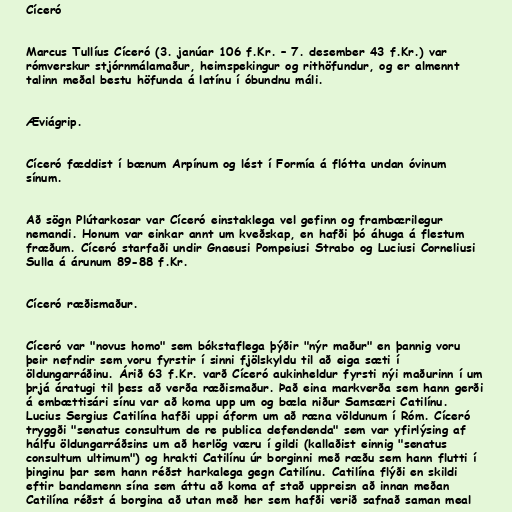
Cíceró

Marcus Tullíus Cíceró (3. janúar 106 f.Kr. – 7. desember 43 f.Kr.) var
rómverskur stjórnmálamaður, heimspekingur og rithöfundur, og er almennt
talinn meðal bestu höfunda á latínu í óbundnu máli.

Æviágrip.

Cíceró fæddist í bænum Arpínum og lést í Formía á flótta undan óvinum
sínum.

Að sögn Plútarkosar var Cíceró einstaklega vel gefinn og frambærilegur
nemandi. Honum var einkar annt um kveðskap, en hafði þó áhuga á flestum
fræðum. Cíceró starfaði undir Gnaeusi Pompeiusi Strabo og Luciusi Corneliusi
Sulla á árunum 89-88 f.Kr.

Cíceró ræðismaður.

Cíceró var "novus homo" sem bókstaflega þýðir "nýr maður" en þannig voru
þeir nefndir sem voru fyrstir í sinni fjölskyldu til að eiga sæti í
öldungarráðinu. Árið 63 f.Kr. varð Cíceró aukinheldur fyrsti nýi maðurinn í um
þrjá áratugi til þess að verða ræðismaður. Það eina markverða sem hann gerði
á embættisári sínu var að koma upp um og bæla niður Samsæri Catilínu.
Lucius Sergius Catilína hafði uppi áform um að ræna völdunum í Róm. Cíceró
tryggði "senatus consultum de re publica defendenda" sem var yfirlýsing af
hálfu öldungarráðsins um að herlög væru í gildi (kallaðist einnig "senatus
consultum ultimum") og hrakti Catilínu úr borginni með ræðu sem hann flutti í
þinginu þar sem hann réðst harkalega gegn Catilínu. Catilína flýði en skildi
eftir bandamenn sína sem áttu að koma af stað uppreisn að innan meðan
Catilína réðst á borgina að utan með her sem hafði verið safnað saman meal